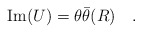
\begin{align*}{\rm Im}(U) = \theta \bar{\theta} (R)\quad.\end{align*}